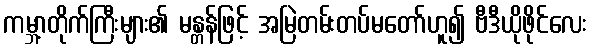
ကမ္ဘာ့တိုက်ကြီးများ၏ မန္တန်ဖြင့် အမြဲတမ်းတပ်မတော်ဟူ၍ ဗီဒီယိုဖိုင်လေး